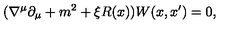
( \nabla ^ { \mu } \partial _ { \mu } + m ^ { 2 } + \xi R ( x ) ) W ( x , x ^ { \prime } ) = 0 ,